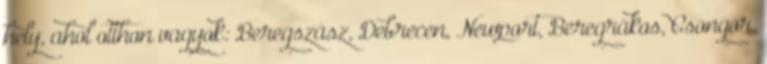
hely, ahol otthon vagyok: Beregszász, Debrecen, Newport, Beregrákos, Csongor.